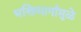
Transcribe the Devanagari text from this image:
भक्तिमार्गामुळे